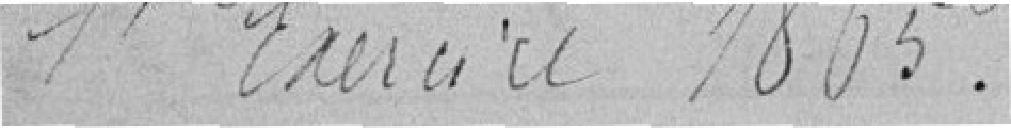
l'Exercice 1865.